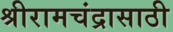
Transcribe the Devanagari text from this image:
श्रीरामचंद्रासाठी